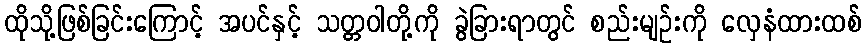
ထိုသို့ဖြစ်ခြင်းကြောင့် အပင်နှင့် သတ္တဝါတို့ကို ခွဲခြားရာတွင် စည်းမျဉ်းကို လှေနံထားထစ်